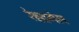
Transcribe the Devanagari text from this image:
रेह्हगेल